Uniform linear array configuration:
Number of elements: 8
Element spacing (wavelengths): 0.75
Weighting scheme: binomial
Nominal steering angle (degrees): -45
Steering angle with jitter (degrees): -45.298
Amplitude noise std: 0.05
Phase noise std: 0.05

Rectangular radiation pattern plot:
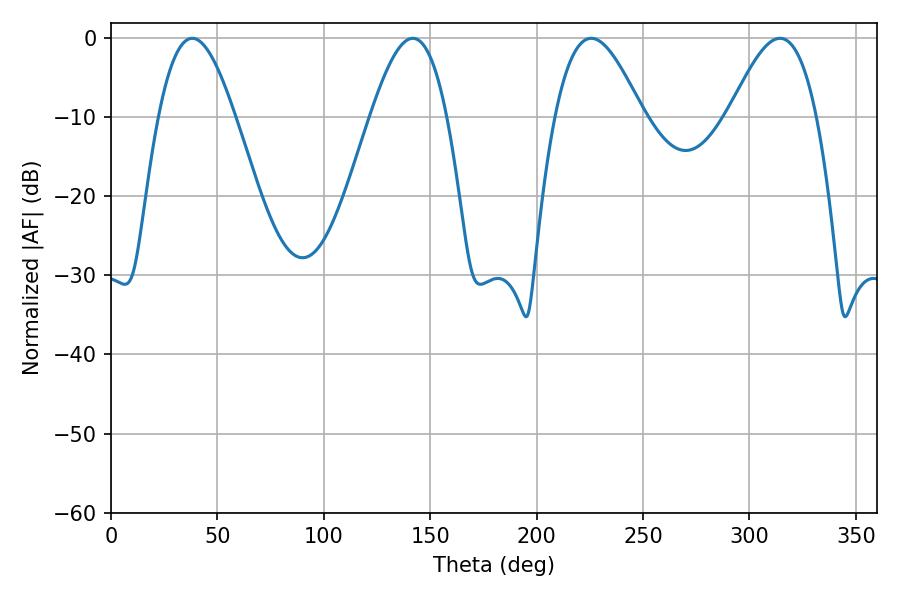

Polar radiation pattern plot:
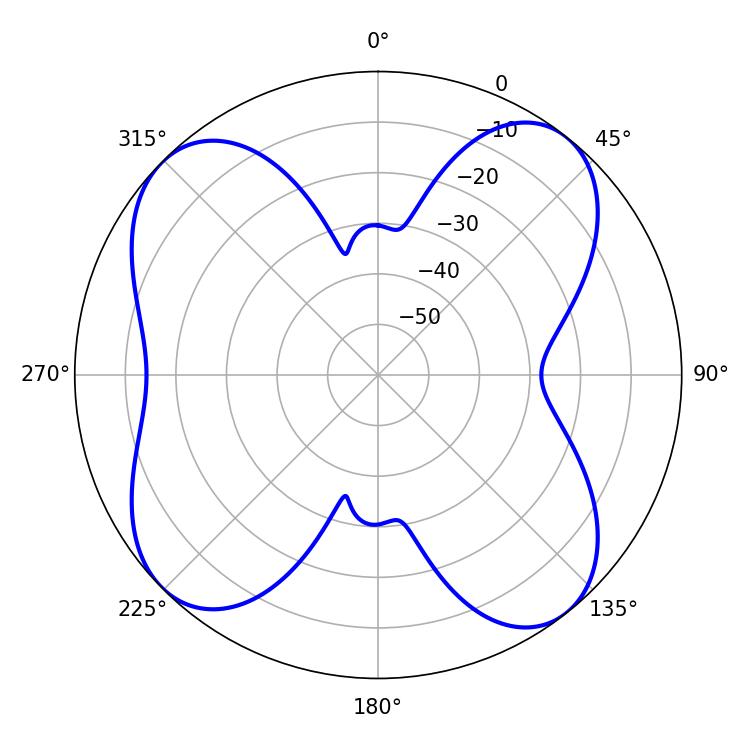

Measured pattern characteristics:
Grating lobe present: TRUE
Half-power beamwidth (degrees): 19.44
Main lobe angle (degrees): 38.16